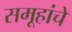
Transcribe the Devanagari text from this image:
समूहांचे